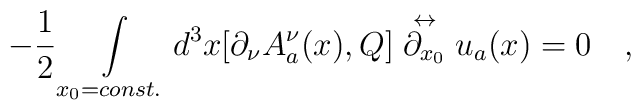
-\frac{1}{2}  \int \limits_{x_0=const.}d^3 x [\partial_\nu A^\nu_a(x) , Q] \stackrel{\leftrightarrow}{\partial_{x_0}}u_a(x) = 0 \quad ,